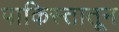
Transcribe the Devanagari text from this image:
पाकिस्तातून